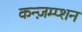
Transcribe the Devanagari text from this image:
कन्ज़म्प्शन